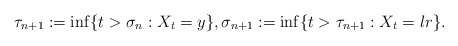
\begin{align*}\tau_{n+1}:=\inf\{t>\sigma_n: X_t=y\},\sigma_{n+1}:=\inf\{t>\tau_{n+1}: X_t=l r\}. \end{align*}